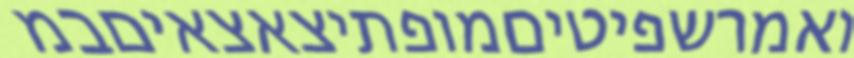
ואמרשפיטיםמופתיצאצאיםבמ